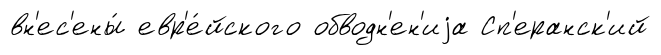
вн'ес'ены́ евр'е́йского обводн'ен'иjа Сп'еранск'ий